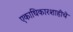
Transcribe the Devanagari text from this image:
एकाधिकारशाहीचे